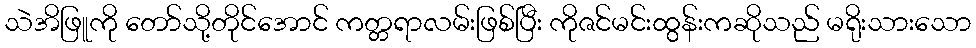
သဲအိဖြူကို တော်သို့တိုင်အောင် ကတ္တရာလမ်းဖြစ်ပြီး ကိုဇင်မင်းထွန်းကဆိုသည် မရိုးသားသော